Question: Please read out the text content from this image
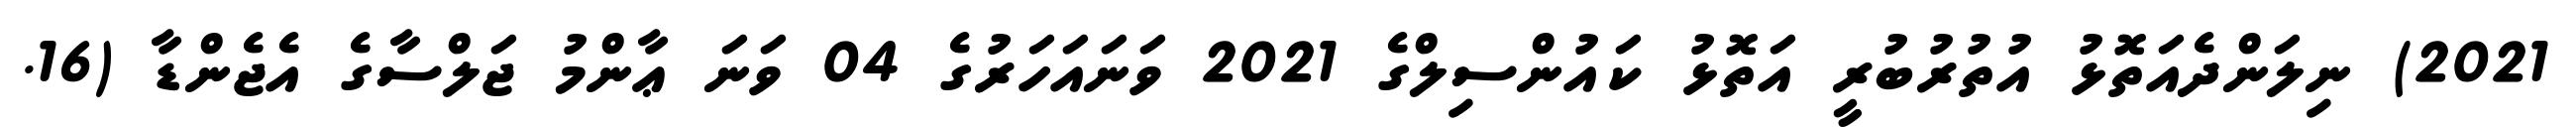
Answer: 2021) ނިލަންދެއަތޮޅު އުތުރުބުރީ އަތޮޅު ކައުންސިލްގެ 2021 ވަނައަހަރުގެ 04 ވަނަ ޢާންމު ޖަލްސާގެ އެޖެންޑާ (16.